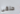
حلقي